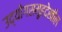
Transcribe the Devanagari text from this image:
उद्योगसमूहदेखील